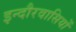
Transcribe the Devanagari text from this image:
इन्दौरवासियों